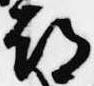
都